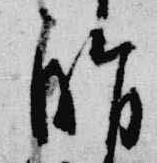
脂